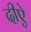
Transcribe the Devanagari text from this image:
दीऐ